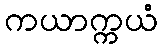
ကယာက္ကယံ